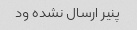
پنیر ارسال نشده ود